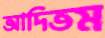
আদিতম